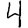
Digit: 4